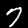
Digit: 7